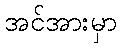
အင်အားမှာ